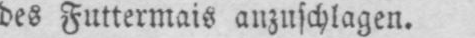
des Futtermais anzuschlagen.